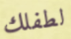
لطفلك